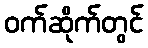
ဝက်ဆိုက်တွင်